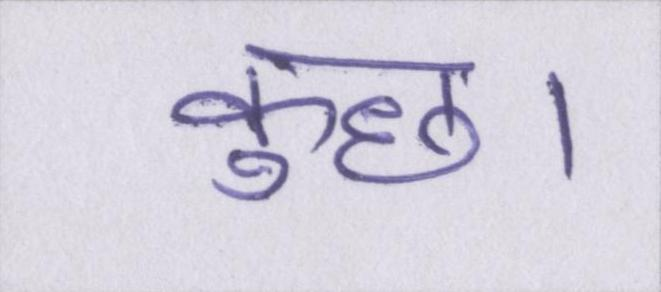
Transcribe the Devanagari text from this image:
कुछ।